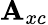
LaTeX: \boldsymbol{\mathbf{A}}_{xc}